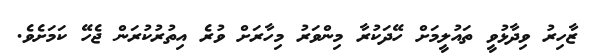
ޒާހިރު ވިދާޅުވީ ތައުލީމަށް ހޭދަކުރާ މިންވަރު މިހާރަށް ވުރެ އިތުރުކުރަން ޖެހޭ ކަމަށެވެ.